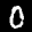
Label: 0